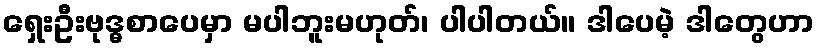
ရှေးဦးဗုဒ္ဓစာပေမှာ မပါဘူးမဟုတ်၊ ပါပါတယ်။ ဒါပေမဲ့ ဒါတွေဟာ